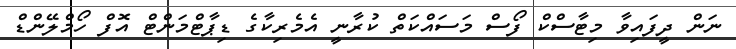
ނަން ދީފައިވާ މިޓާސްކް ފޯސް މަސައްކަތް ކުރާނީ އެމެރިކާގެ ޑިޕާޓްމަންޓް އޮފް ހޯމްލޭންޑް